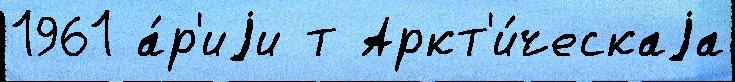
1961 а́р'иjи т Аркт'и́ческаjа